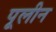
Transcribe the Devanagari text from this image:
पूलीन